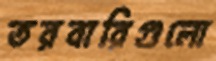
তরবারিগুলো